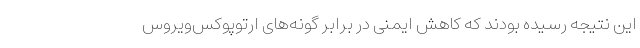
این نتیجه رسیده بودند که کاهش ایمنی در برابر گونه‌های ارتوپوکس‌ویروس